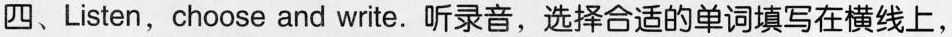
四、Listen,choose and write. 听录音,选择合适的单词填写在横线上,